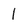
Character: 1